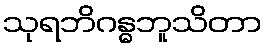
သုရဘိဂန္ဓဘူသိတာ